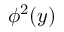
\phi ^ { 2 } ( y )